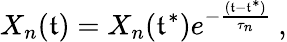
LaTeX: X_{n}(\mathfrak{t})=X_{n}(\mathfrak{t}^{*})e^{-\frac{{(\mathfrak{t}-\mathfrak{t}^{*})}}{{\tau_{n}}}}~,